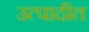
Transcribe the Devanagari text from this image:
उत्पादीत